331_120752_Numeric_Files_1944–1945_37153_German_Armament_Equipment_Documents
Agency: Department of War
Incident date: 3/18/45
Incident location: Germany
Page 1
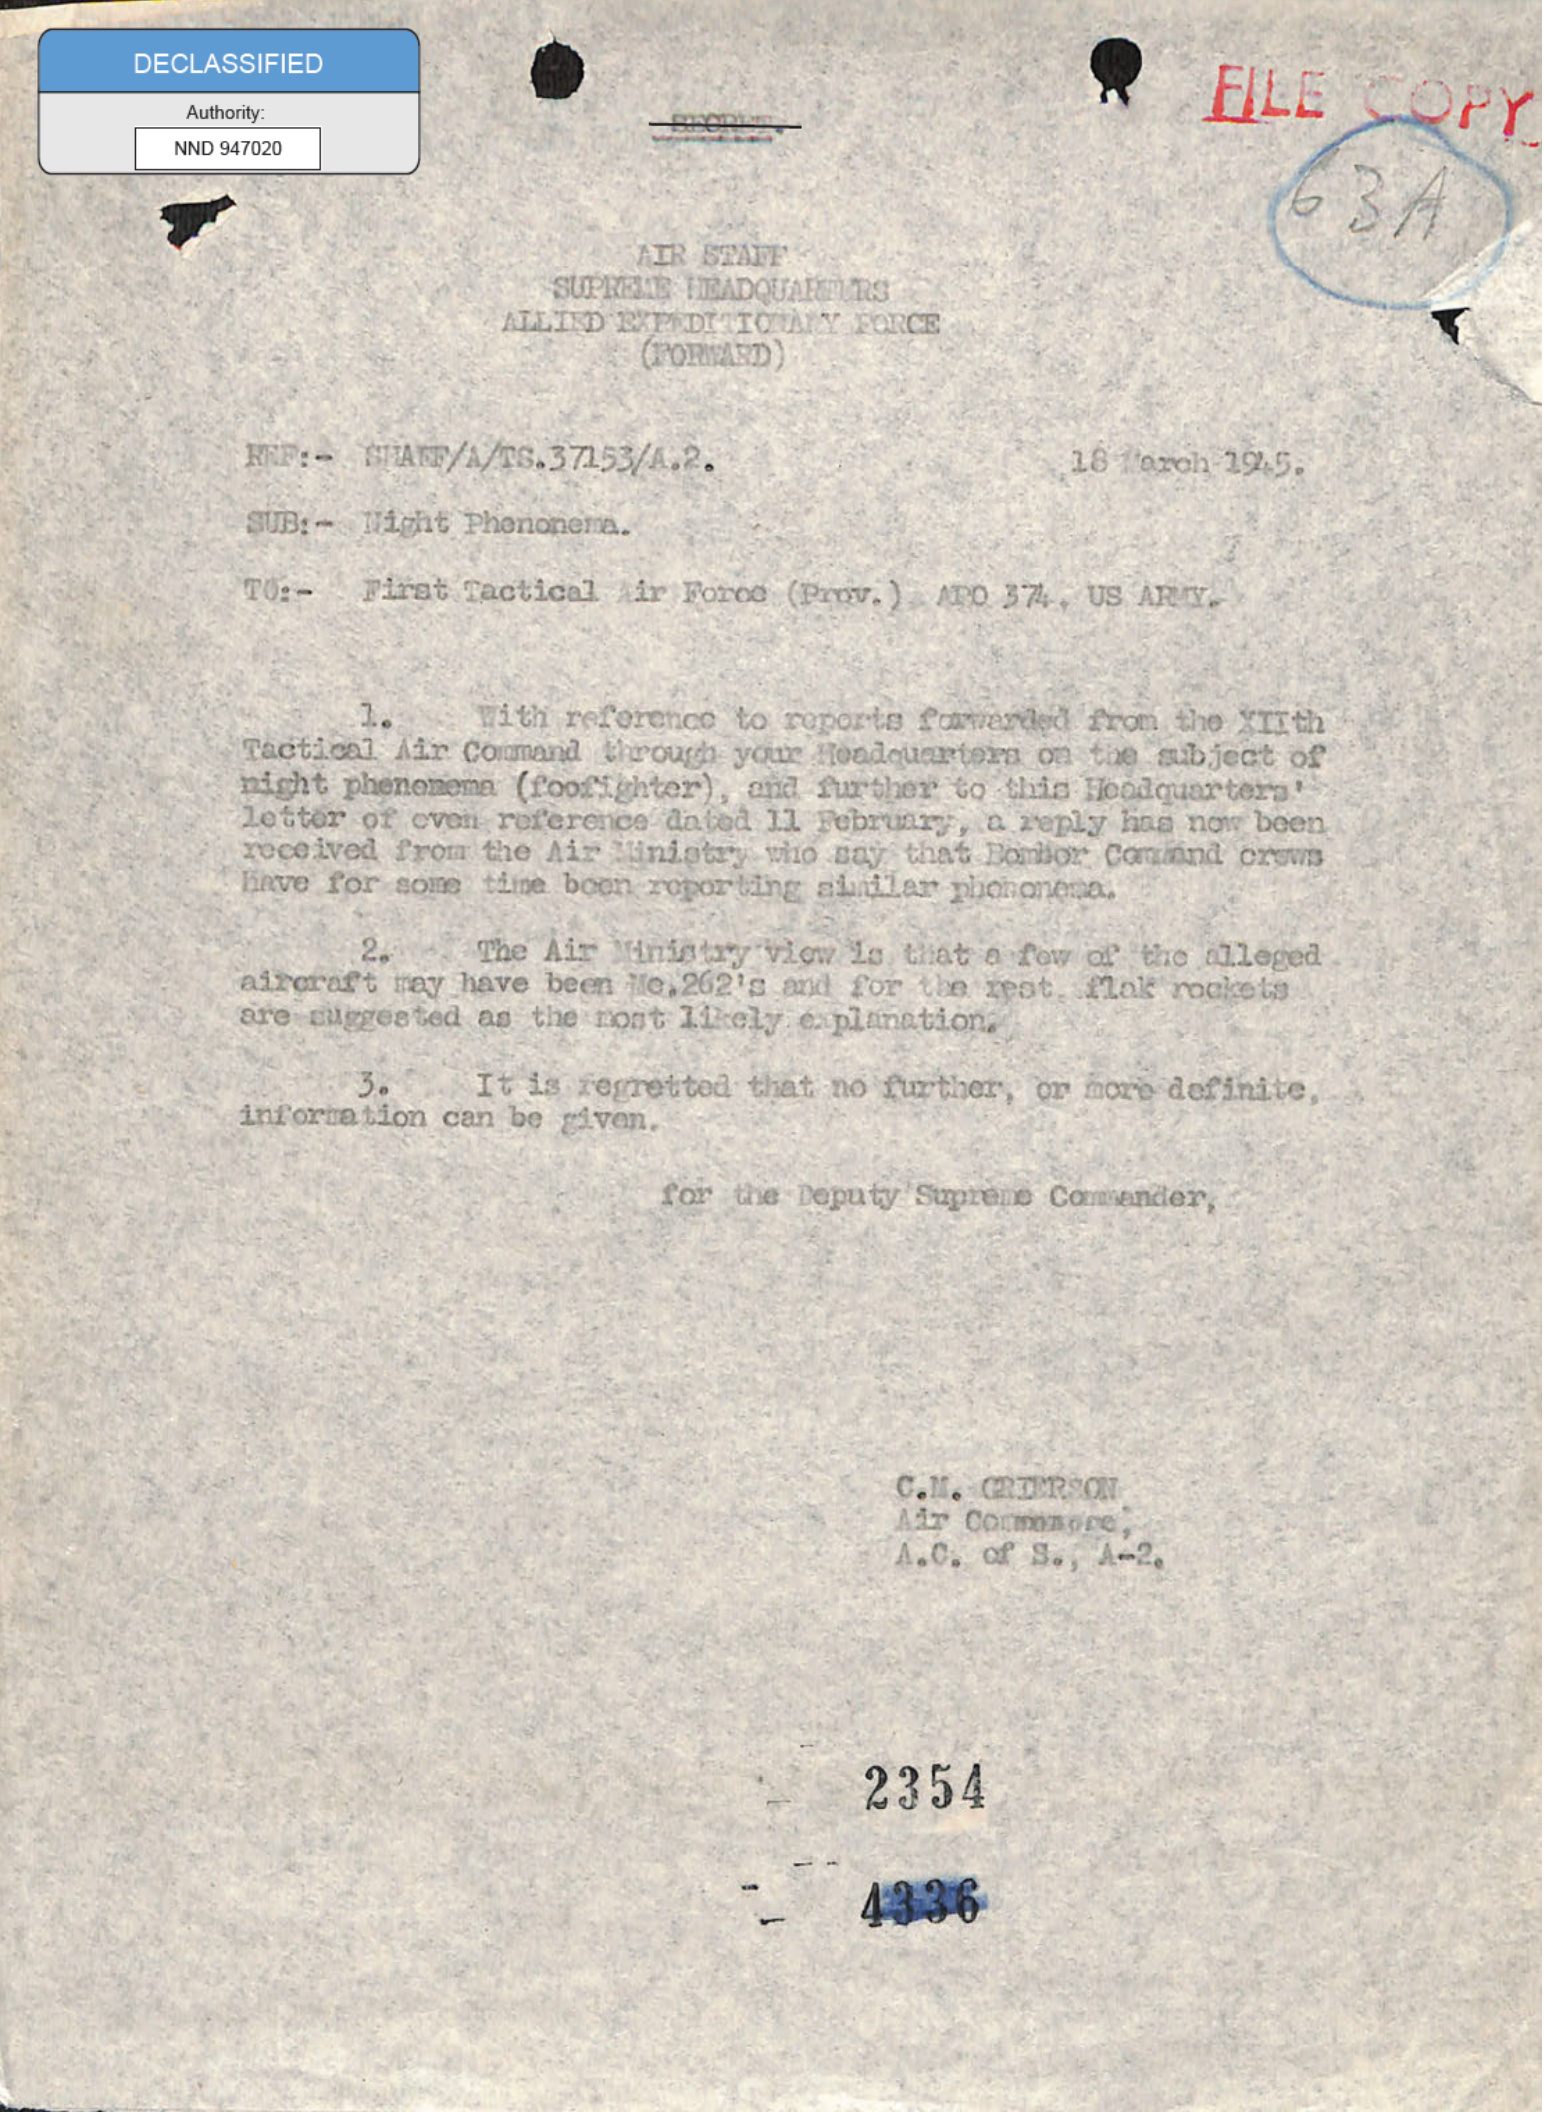